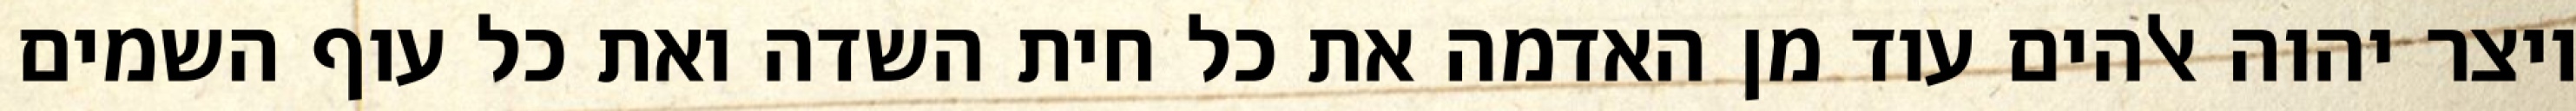
ויצר יהוה אלהים עוד מן האדמה את כל חית השדה ואת כל עוף השמים